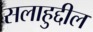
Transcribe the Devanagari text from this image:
सलाहुद्दील